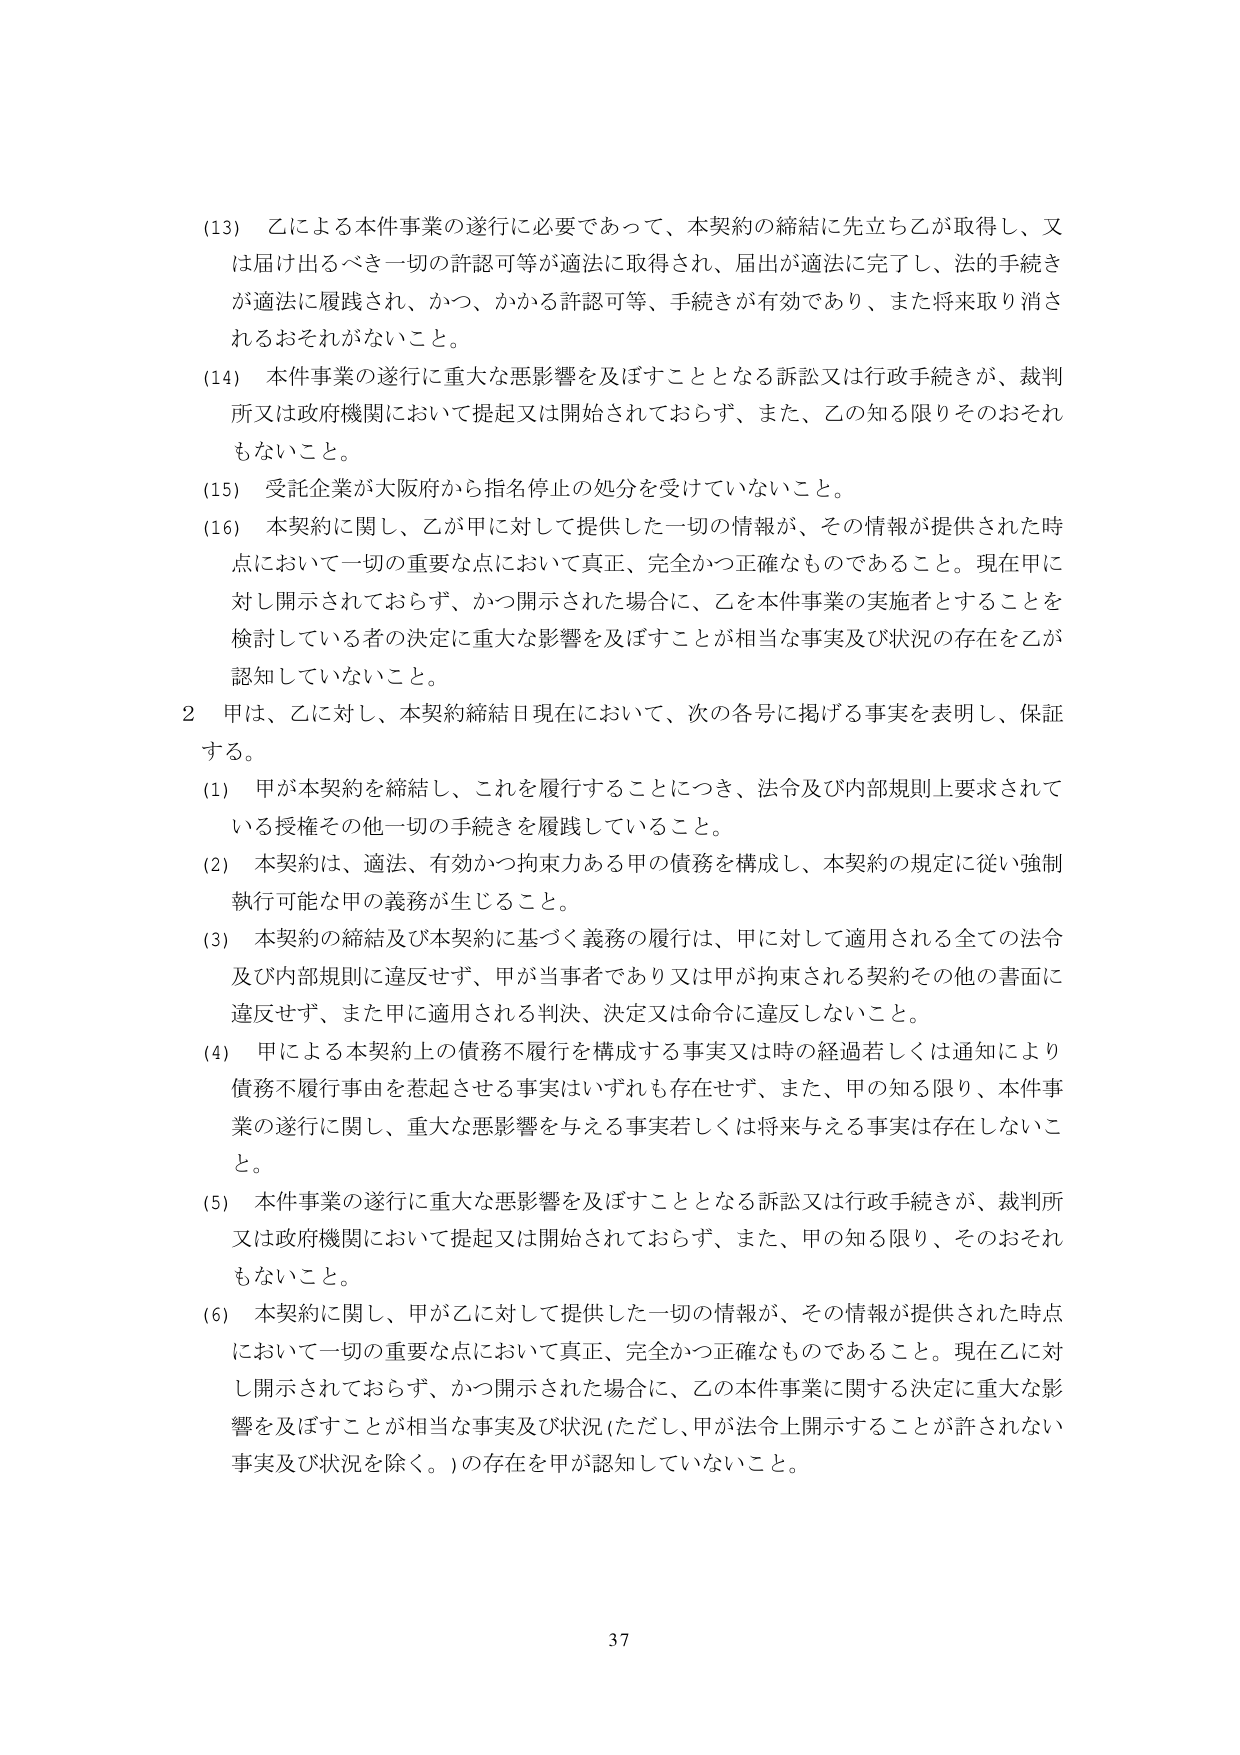
(13) 乙による本件事業の遂行に必要であって、本契約の締結に先立ち乙が取得し、又は届け出るべき一切の許認可等が適法に取得され、届出が適法に完了し、法的手続きが適法に履践され、かつ、かかる許認可等、手続きが有効であり、また将来取り消されるおそれがないこと。

(14) 本件事業の遂行に重大な悪影響を及ぼすこととなる訴訟又は行政手続きが、裁判所又は政府機関において提起又は開始されておらず、また、乙の知る限りそのおそれもないこと。

(15) 受託企業が大阪府から指名停止の処分を受けていないこと。

(16) 本契約に関し、乙が甲に対して提供した一切の情報が、その情報が提供された時点において一切の重要な点において真正、完全かつ正確なものであること。現在甲に対し開示されておらず、かつ開示された場合に、乙を本件事業の実施者とすることを検討している者の決定に重大な影響を及ぼすことが相当な事実及び状況の存在を乙が認知していないこと。

2 甲は、乙に対し、本契約締結日現在において、次の各号に掲げる事実を表明し、保証する。

(1) 甲が本契約を締結し、これを履行することにつき、法令及び内部規則上要求されている授権その他一切の手続きを履践していること。

(2) 本契約は、適法、有効かつ拘束力ある甲の債務を構成し、本契約の規定に従い強制執行可能な甲の義務が生じること。

(3) 本契約の締結及び本契約に基づく義務の履行は、甲に対して適用される全ての法令及び内部規則に違反せず、甲が当事者であり又は甲が拘束される契約その他の書面に違反せず、また甲に適用される判決、決定又は命令に違反しないこと。

(4) 甲による本契約上の債務不履行を構成する事実又は時の経過若しくは通知により債務不履行事由を惹起させる事実はいずれも存在せず、また、甲の知る限り、本件事業の遂行に関し、重大な悪影響を与える事実若しくは将来与える事実は存在しないこと。

(5) 本件事業の遂行に重大な悪影響を及ぼすこととなる訴訟又は行政手続きが、裁判所又は政府機関において提起又は開始されておらず、また、甲の知る限り、そのおそれもないこと。

(6) 本契約に関し、甲が乙に対して提供した一切の情報が、その情報が提供された時点において一切の重要な点において真正、完全かつ正確なものであること。現在乙に対し開示されておらず、かつ開示された場合に、乙の本件事業に関する決定に重大な影響を及ぼすことが相当な事実及び状況（ただし、甲が法令上開示することが許されない事実及び状況を除く。）の存在を甲が認知していないこと。

37